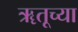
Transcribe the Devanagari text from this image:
ॠतूच्या